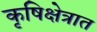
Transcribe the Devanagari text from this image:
कृषिक्षेत्रात